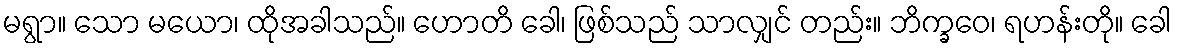
မရွာ။ သော မယော၊ ထိုအခါသည်။ ဟောတိ ခေါ၊ ဖြစ်သည် သာလျှင် တည်း။ ဘိက္ခဝေ၊ ရဟန်းတို။ ခေါ